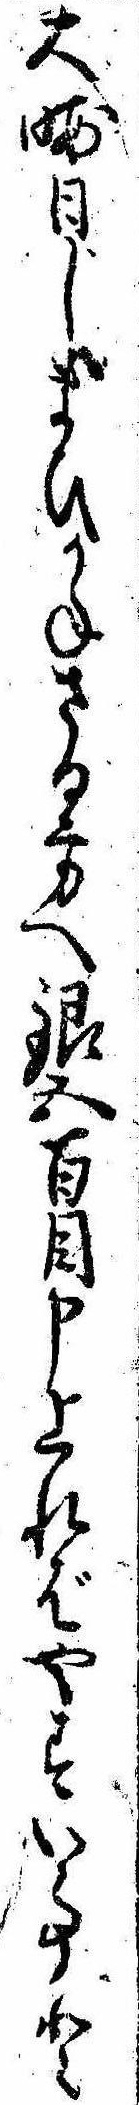
大晦日しまひかねさる方へ銀五百目申上ればやすい事と